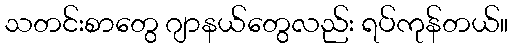
သတင်းစာတွေ ဂျာနယ်တွေလည်း ရပ်ကုန်တယ်။